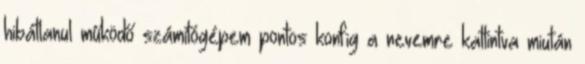
hibátlanul működő számítógépem pontos konfig a nevemre kattintva miután